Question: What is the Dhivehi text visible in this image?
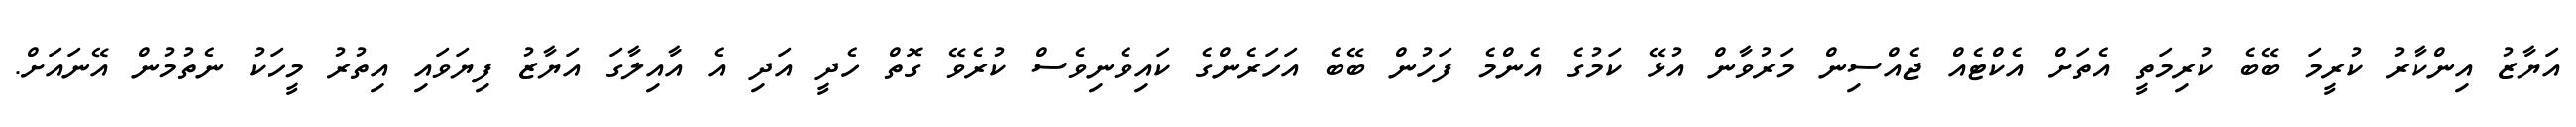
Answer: އަޔާޒު އިންކާރު ކުރީމަ ބޭބެ ކުރިމަތީ އެތަށް އެކްޓެއް ޖެއްސިން މަރުވާން އުޅޭ ކަމުގެ އެންމެ ފަހުން ބޭބެ އަހަރެންގެ ކައިވެނިވެސް ކުރެވޭ ގޮތް ހެދީ އަދި އެ އާއިލާގަ އަޔާޒު ފިޔަވައި އިތުރު މީހަކު ނެތުމުން އޭނައަށް.